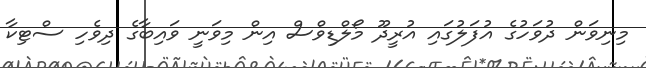
މިނިވަން ދުވަހުގެ އުފަލުގައި އުރީދޫ މޯލްޑިވްސް އިން މިވަނީ ވައިބާގެ ދިވެހި ސްޓިކާ